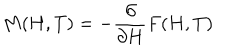
M ( H , T ) = - \frac { \partial } { \partial H } F ( H , T )